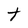
Character: t